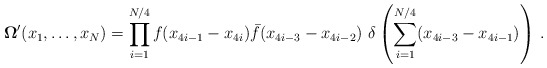
\begin{align*}{\bf \Omega}^\prime (x_1, \ldots , x_N)=\prod _{i=1}^{N/4} f(x_{4i-1}-x_{4i})\bar f(x_{4i-3}-x_{4i-2})\, \, \delta \left (\sum _{i=1}^{N/4}(x_{4i-3}-x_{4i-1})\right ) \, .\end{align*}